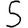
Digit: 5